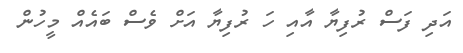
އަދި ފަސް ރުފިޔާ އާއި ހަ ރުފިޔާ އަށް ވެސް ބައެއް މީހުން